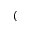
(